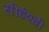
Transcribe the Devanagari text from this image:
सीईएबी